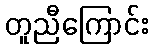
တူညီကြောင်း